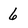
Character: 6